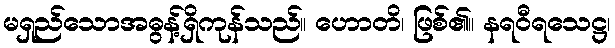
မရှည်သောအဓွန့်ရှိကုန်သည်။ ဟောတိ၊ ဖြစ်၏။ နရဝီရသေဋ္ဌ၊